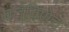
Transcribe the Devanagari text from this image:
वर्तविणेच